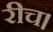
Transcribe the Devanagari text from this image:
रीच।